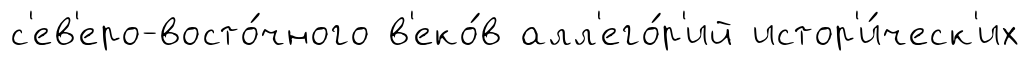
с'ев'еро-восто́чного в'еко́в алл'его́р'ий истор'и́ческ'их